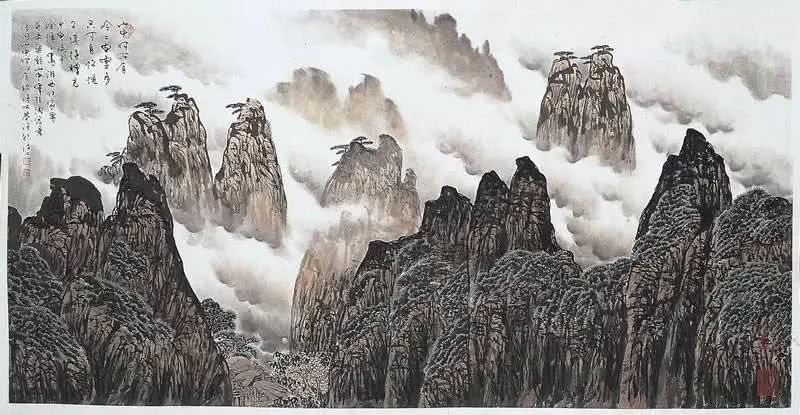
山中何所有，岭上多白云。